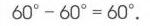
3. (沈阳中考) 如图2 - 5 - 6，在平面直角坐标系中，四边形\(OABC\)的顶点\(O\)是坐标原点，\(A=(6,0)\)，\(B=(0,8)\)，\(C = (-2\sqrt{5},4)\)。点\(M\)，\(N\)为四边形\(OABC\)边上的动点，\(M\)从\(O\)出发，以每秒\(1\)个单位长度沿\(O\rightarrow A\rightarrow B\)向\(B\)匀速运动；\(N\)从\(O\)出发，以每秒\(2\)个单位长度沿\(O\rightarrow C\rightarrow B\rightarrow A\)向\(A\)匀速运动。\(M\)，\(N\)同时从\(O\)出发，一点到终点另一点也停止。设运动时间为\(t\)秒\((t > 0)\)，\(\triangle  OMN\)面积为\(S\)。
(1) 填空：\(AB\)的长是  ，\(BC\)的长是  ；
(2) 当\(t = 3\)时，求\(S\)的值；
(3) 当\(3 < t < 6\)时，设\(N\)的纵坐标为\(y\)，求\(y\)与\(t\)的函数关系式。